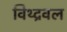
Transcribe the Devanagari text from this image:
विथ्द्रवल